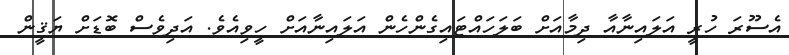
އެސޫރަ ހުރީ އަލައިނާއާ ދިމާއަށް ބަލަހައްޓައިގެންހެން އަލައިނާއަށް ހީވިއެވެ. އަދިވެސް ބޮޑަށް ޔަޤީން